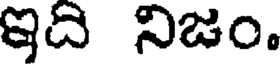
ఇది నిజం.